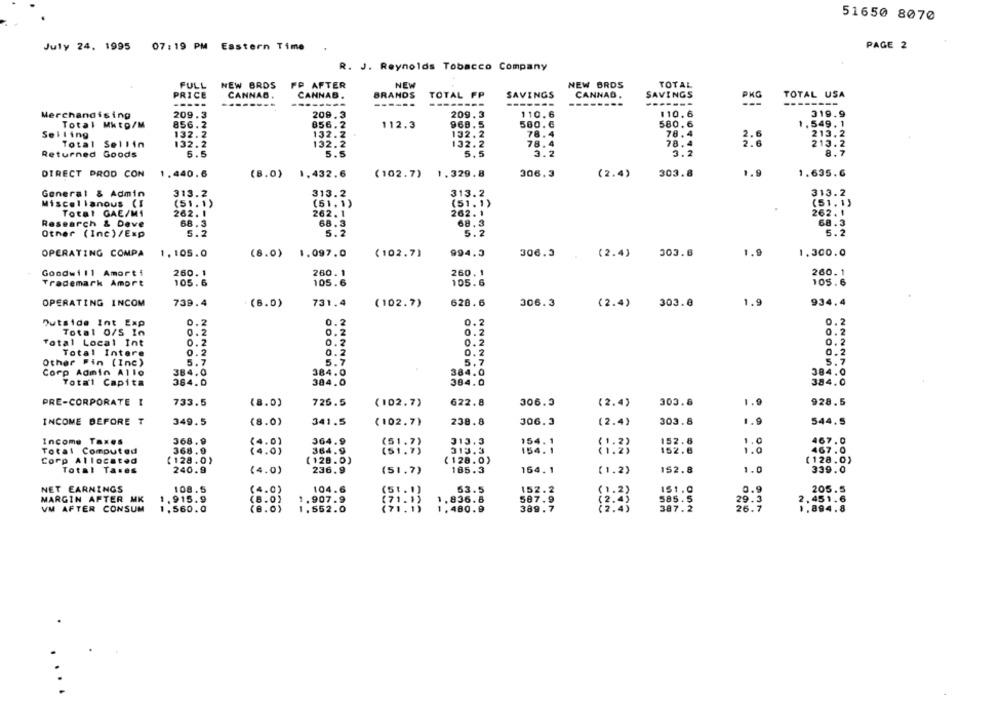
51650 8070
July 24, 1995 07:19 PM Eastern Time
PAGE 2
R. J. Reynolds Tobacco Company
NEW BRDS
FP AFTER
NEW
NEW BROS
TOTAL
FULL
PRICE
CANNAD.
CANNAB .
BRANDS
TOTAL FP
SAVINGS
CANNAD.
SAVINGS
PKG
TOTAL USA
-----
--------
------
--------
-------
--------
------
319.9
Merchandising
209.3
209.3
209.3
UNNI
110.6
110.6
Total Mkto/M
856.2
856.2
112.3
969.5
580.6
580.6
1.549. 1
132.2
132.2
78.4
78.4
213.2
Selling
132.2
Total Sellin
132.2
132.2
132.2
78.4
78.4
213.2
Returned Goods
5.5
5.5
5.5
3.2
3.2
8.7
DIRECT PROD CON
1.440.6
(8.0)
1.432.6
(102.7) 1.329.8
306.3
(2.4)
303.8
1.9
1.635.6
General & Admin
313.2
313.2
313.2
313.2
Miscellanous (I
(51.1)
(51.1)
(51.1)
(51. 1)
Total GAE/M1
262. 1
262.1
262. 1
262. 1
Research & Deve
68.3
68.3
68.3
68.3
5.2
Other (Inc)/Exp
5.2
5.2
5.2
OPERATING COMPA
1.105.0
994.3
306.3
1.9
1.300.0
(8.0) 1.097.0
(102.7)
(2.4)
303.8
Goodwill Amorti
260. 1
280.1
260. 1
260. 1
Trademark Amort
105.6
105.6
105.6
105.6
628.6
1.9
OPERATING INCOM
739.4
(6.0)
731.4
(102.7)
306.3
(2.4)
303.8
934.4
Outside Int Exp
0.2
0.2
0.2
0.2
Total 0/S In
0.2
0.2
0.2
0.2
Total Local Int
0.2
0.2
0.2
0.2
0.2
0.2
Total Intere
0.2
0.2
Other Pin (Inc)
5.7
5.7
5,7
5.7
Corp Admin Allo
384.0
384.0
384.0
384.0
Total Capita
364.0
384.0
384.0
384.0
PRE-CORPORATE I
733.5
(8.0)
726.5
(102.7)
622.8
306.3
(2.4)
303.8
1.9
928.5
INCOME BEFORE T
349.5
(8.0)
341.5
238.8
306.3
(2.4)
303.8
1.9
544.5
(102.7)
Income Taxes
368.9
364.9
313.3
154. 1
152.8
1.0
467.0
364.9
(51.7)
54.1
1.0
467.0
Total Computed
368.9
(51.7)
313.3
152.8
Corp Allocated
(128.0)
(128.0)
(128.0)
( 128.0)
Total Taxes
240.9
(4.0)
236.9
(51.7)
185.3
154. 1
(1.2)
152.8
1.0
339.0
NET EARNINGS
108.5
(4.0)
104.6
63.5
152.2
151.0
0.9
205.5
MARGIN AFTER MK
1.915.9
1.836.8
( 1.2)
585.5
.451.6
(8.05
1.907.9
507.9
12.45
29.3
VM AFTER CONSUM
1,560.0
(8.0)
1.552.0
1.480.9
389.7
387.2
. 894.8